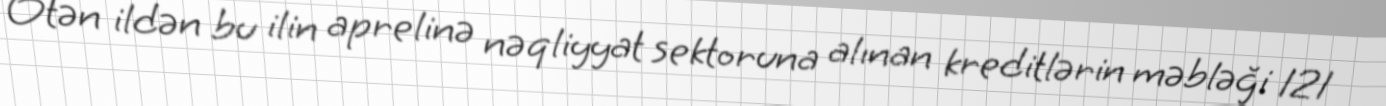
Ötən ildən bu ilin aprelinə nəqliyyat sektoruna alınan kreditlərin məbləği 121